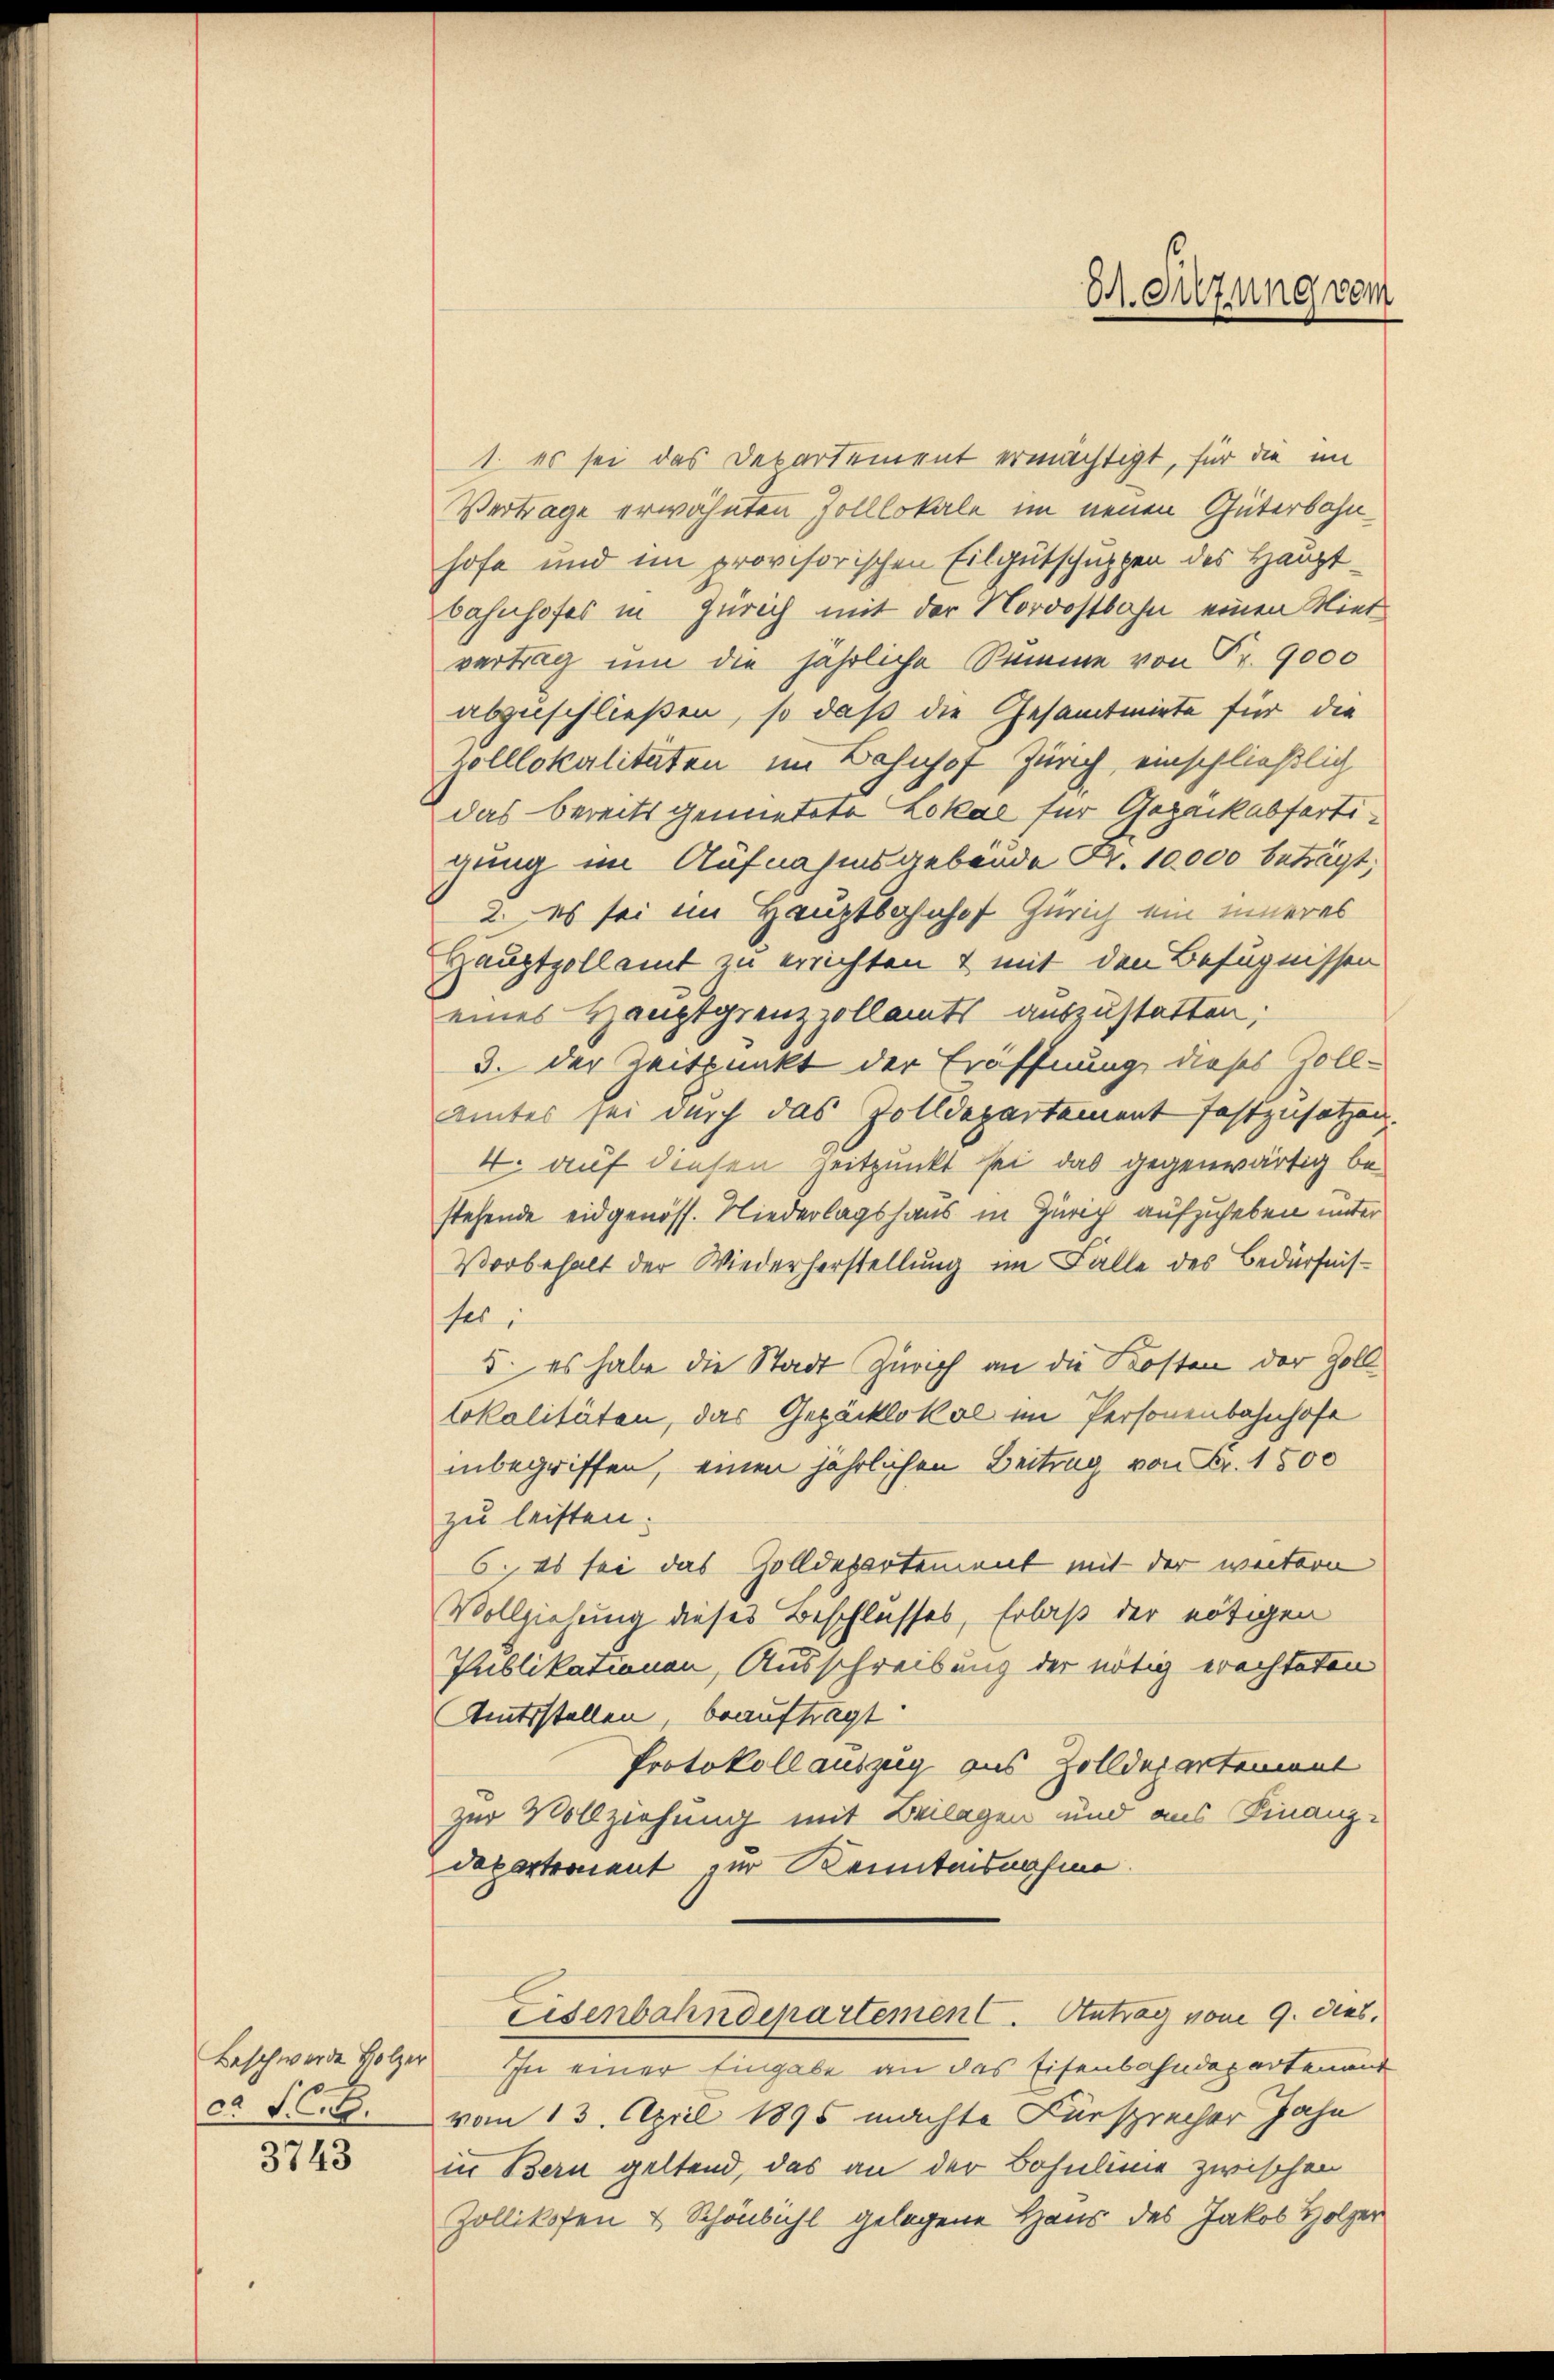
Beschwerde Holzer
ca S. C.B.

3743

1. es sei das Departement ermächtigt, für die im
Vertrage erwähnten Zolllokale im neuen Güterbahnhofe und im provisorischen Eilgutschuppen des Haupt¬
Bahnhofes in Zürich mit der Nordostbahn einen Miet
vertrag um die jährliche Summe von Fr. 9000
abzuschließen, so daß die Gesamtmirte für die
Zolllokalitäten im Bahnhof Zürich, einschließlich
das bereits gemietete Lokal für Gepäck abfertigung im Aufnahmsgebende Nr. 10,000 beträgt;
2. es sei im Hauptbahnhof Zürich ein inneres
Hauptzollamt zu errichten & mit den Befugnissen
eines Hauptgrenzzollamts auszustatten;
3. der Zeitpunkt der Eröffnung dieses Zoll-
uinter sei durch das Zolldepartement festzusetzen.
4. auf diesen Zeitpunkt sei das gegenwärtig bestehende eidgenöss. Niederlagshaus in Zürich aufzuheben unter
Vorbehalt der Wiederherstellung im Falle des Bedürfnisses,
5. es habe die Stadt Zürich an die Kosten der Zolllokalitäten, das Gepäcklokal im Personenbahnhofe
inbegriffen, einen jährlichen Beitrag von Fr. 1500
zu leisten.
6. es sei das Zolldepartement mit der weitern
Vollziehung dieses Beschlusses, Erlaß der nötigen
Publikationen, Ausschreibung der nötig erachteten
Amtsstellen, beauftragt.
Protokoll auszug aus Zolldepartement
zur Vollziehung mit Beilagen und aus Finanzdepartement zur Kenntensnahme.
Eisenbahndepartement. Antrag vom 9. dies,
In einer Eingabe an das Eisenbahndepartenant
vom 13. April 1895 machte Fürsprecher Jahr
in Bern geltend, das an der Bosulinie zwischen
Zollikofen & Schönbühl gelegene Haus des Jakob Holzer

S. Sitzung vom